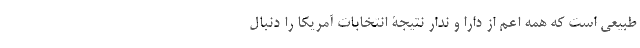
طبیعی است که همه اعم از دارا و ندار نتیجۀ انتخابات آمریکا را دنبال